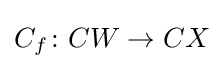
C_{f}\colon CW\to CX